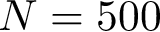
N = 5 0 0